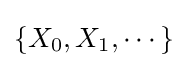
\left\{X_{0},X_{1},\cdots \right\}